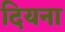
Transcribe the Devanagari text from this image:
दियना